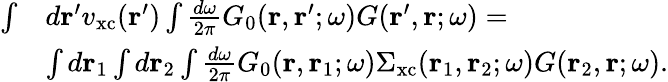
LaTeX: \begin{array}{rl}{\int}&{d\mathbf{r}^{\prime}v_{\mathrm{xc}}(\mathbf{r}^{\prime})\int\frac{d\omega}{2\pi}G_{0}(\mathbf{r},\mathbf{r}^{\prime};\omega)G(\mathbf{r}^{\prime},\mathbf{r};\omega)=}\\ &{\int d\mathbf{r}_{1}\int d\mathbf{r}_{2}\int\frac{d\omega}{2\pi}G_{0}(\mathbf{r},\mathbf{r}_{1};\omega)\Sigma_{\mathrm{xc}}(\mathbf{r}_{1},\mathbf{r}_{2};\omega)G(\mathbf{r}_{2},\mathbf{r};\omega).}\end{array}